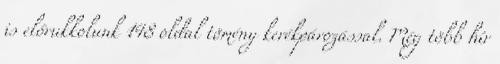
is előrukkolunk 148 oldal tömény kerékpározással. Még több hír